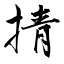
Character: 掅